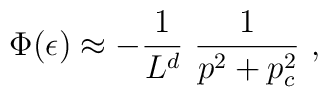
\Phi(\epsilon)\approx -{1\over L^d}~{1\over{p^2+p_c^2}}~,